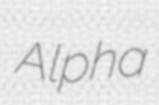
Alpha